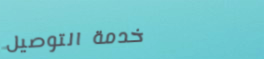
خدمة التوصيل